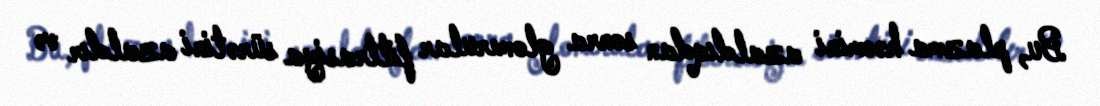
Bu, plazma həcmini azaldıqdan sonra glomerular filtrasiya sürətini azaldır və